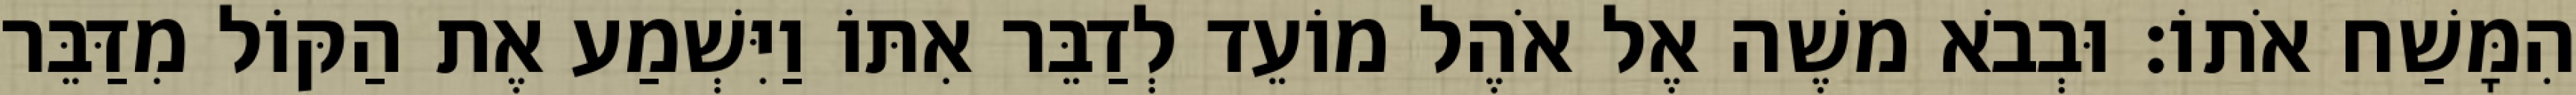
הִמָּשַׁח אֹתוֹ׃ וּבְבֹא משֶׁה אֶל אֹהֶל מוֹעֵד לְדַבֵּר אִתּוֹ וַיִּשְׁמַע אֶת הַקּוֹל מִדַּבֵּר